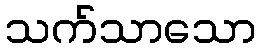
သက်သာသော